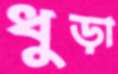
ধুড়া